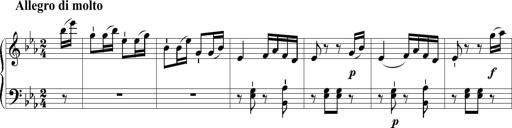
Title: 6 Leichte Sonatinen, Teil 1
Composer: F. Sigismund Sander